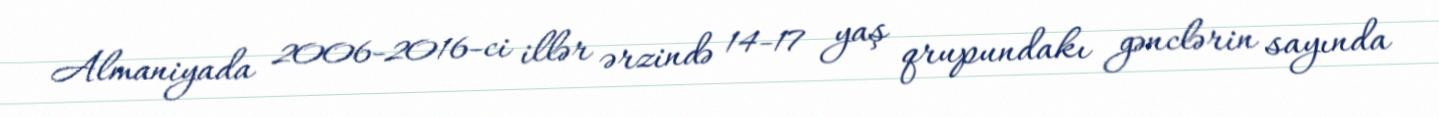
Almaniyada 2006-2016-ci illər ərzində 14-17 yaş qrupundakı gənclərin sayında